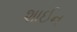
શાઈન